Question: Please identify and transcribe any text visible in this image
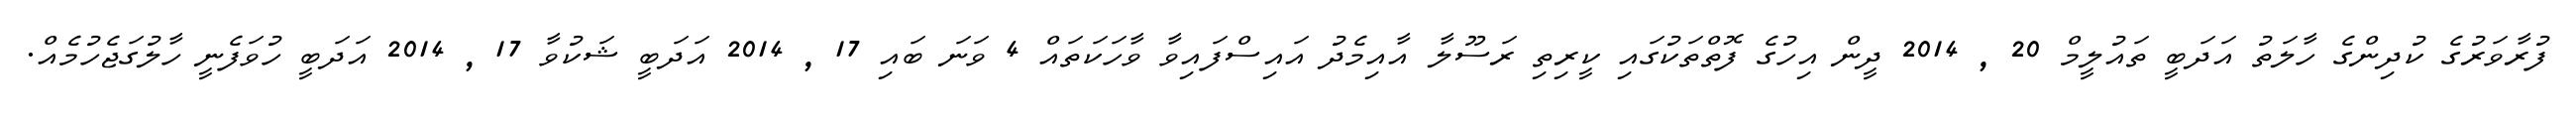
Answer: ފުރާވަރުގެ ކުދިންގެ ހާލަތު އަދަބީ ތައުލީމް 20 , 2014 ދީން އިހުގެ ފޮތްތަކުގައި ކީރިތި ރަސޫލާ އާއިމެދު އައިސްފައިވާ ވާހަކަތައް 4 ވަނަ ބައި 17 , 2014 އަދަބީ ޝަކުވާ 17 , 2014 އަދަބީ ހުވަފެނީ ހާލުގަޖެހުމެއް.